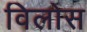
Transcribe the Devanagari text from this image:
विलोस